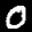
Label: 0